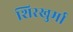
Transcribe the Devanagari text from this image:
शिरखुर्मा